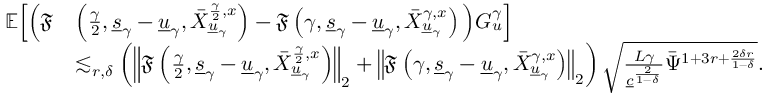
\begin{array} { r l } { \mathbb { E } \Big [ \Big ( \mathfrak { F } } & { \left( \frac { \gamma } { 2 } , \underline { { s } } _ { \gamma } - \underline { { u } } _ { \gamma } , \bar { X } _ { \underline { { u } } _ { \gamma } } ^ { \frac { \gamma } { 2 } , x } \right) - \mathfrak { F } \left( { \gamma } , \underline { { s } } _ { \gamma } - \underline { { u } } _ { \gamma } , \bar { X } _ { \underline { { u } } _ { \gamma } } ^ { \gamma , x } \right) \Big ) G _ { u } ^ { \gamma } \Big ] } \\ & { \lesssim _ { r , \delta } \left( \left\| \mathfrak { F } \left( \frac { \gamma } { 2 } , \underline { { s } } _ { \gamma } - \underline { { u } } _ { \gamma } , \bar { X } _ { \underline { { u } } _ { \gamma } } ^ { \frac { \gamma } { 2 } , x } \right) \right\| _ { 2 } + \left\| \mathfrak { F } \left( { \gamma } , \underline { { s } } _ { \gamma } - \underline { { u } } _ { \gamma } , \bar { X } _ { \underline { { u } } _ { \gamma } } ^ { \gamma , x } \right) \right\| _ { 2 } \right) \sqrt { \frac { L \gamma } { \underline { { c } } ^ { \frac { 2 } { 1 - \delta } } } \bar { \Psi } ^ { 1 + 3 r + \frac { 2 \delta r } { 1 - \delta } } } . } \end{array}